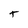
Character: t